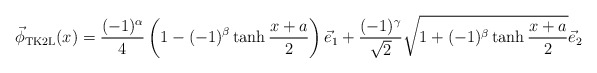
\begin{align*}\vec{\phi}_{\rm TK2L}(x)= \frac{(-1)^\alpha}{4}\left(1-(-1)^\beta\tanh \frac{x+a}{2}\right)\vec{e}_1+ \frac{(-1)^\gamma}{\sqrt{2}}\sqrt{1 +(-1)^\beta \tanh \frac{x+a}{2}}\vec{e}_2\end{align*}